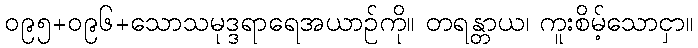
၀၉၅+၀၉၆+သောသမုဒ္ဒရာရေအယာဉ်ကို။ တရန္တာယ၊ ကူးစိမ့်သောငှာ။